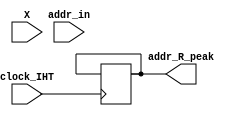
`timescale 1ns / 1ps
//////////////////////////////////////////////////////////////////////////////////
// Company: 
// Engineer: 
// 
// Design Name: 
// Module Name: DR
// Project Name: 
// Target Devices: 
// Tool Versions: 
// Description: 
// 
// Dependencies: 
// 
// Revision:
// Revision 0.01 - File Created
// Additional Comments:
// 
//////////////////////////////////////////////////////////////////////////////////


module DR(input clock_IHT, input [31:0]addr_in,input [15:0]X,output reg[31:0] addr_R_peak);
/*reg new=1'b1;
reg [103:0]startpos;
reg [103:0]endpos;


always @(posedge clock_IHT)
begin
    if(new)
    begin
        startpos<=addr_in-6'b100011;
        endpos<=addr_in+6'b100011;
        while(startpos<=endpos)
        begin
           //if(
        
        end
    end
    




end*/
reg counter = 6'b000000;
reg  [15:0] previousStore [34:0];
reg [15:0] max ;
reg [1:0] state = 2'b00;
integer z;
integer z2;
reg [1:0] kaha = 2'b00;
integer disp=0;
always @(posedge clock_IHT)
begin
	if(state == 2'b00)
	begin
		for (z2=0; z2<=33; z2=z2+1)
        begin
           previousStore[z2] = previousStore[z2+1]; 
        end
        previousStore[34] = X; 
	end
	else if (state == 2'b01)
	begin
	   if (counter == 6'b100011) 
	   begin
        state=2'b00;
        counter=6'b000000;
        addr_R_peak = addr_in;
        if(kaha==2'b00) addr_R_peak = addr_in;
        else if(kaha==2'b01) addr_R_peak = addr_in-1;
        else if(kaha==2'b10) addr_R_peak = addr_in+1;
        max=15'b000000000000000;
        kaha=2'b00;
	   end
	   else
	   begin
	       if( max < X ) 
	       begin
	       max = X;
	       kaha=2'b01;
	       disp=counter+1;
	       end
	       counter=counter+1;
	   end
	end
end

always @(addr_in)
begin
    state = 2'b01;
    for (z=0; z<=34; z=z+1)
    begin
       if( max < previousStore[z] ) 
       begin
       max = previousStore[z];
       kaha=2'b10;
       disp=z+1;
       end
    end
    if(max < addr_in)
    begin
     max = X ;
     kaha=2'b00;
     disp=0;
    end
end
endmodule